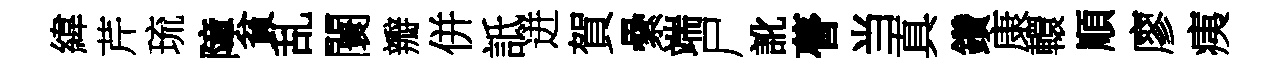
緯芹琉障貧乱闤瓣併詆迸賀纍端尸訛瞢当真鑽康轘順廖痍